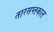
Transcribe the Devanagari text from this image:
तारसप्तकात